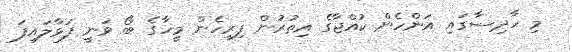
މި ހާދިސާގައި އަންހެން ކުއްޖާގެ އިތުރުން ފިރިހެން މީހާގެ ބޯ ވަނީ ފަޅާލައިފަ